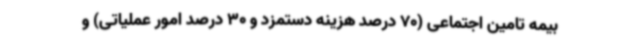
بیمه تامین اجتماعی (70 درصد هزینه دستمزد و 30 درصد امور عملیاتی) و